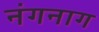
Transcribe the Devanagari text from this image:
नंगनाग